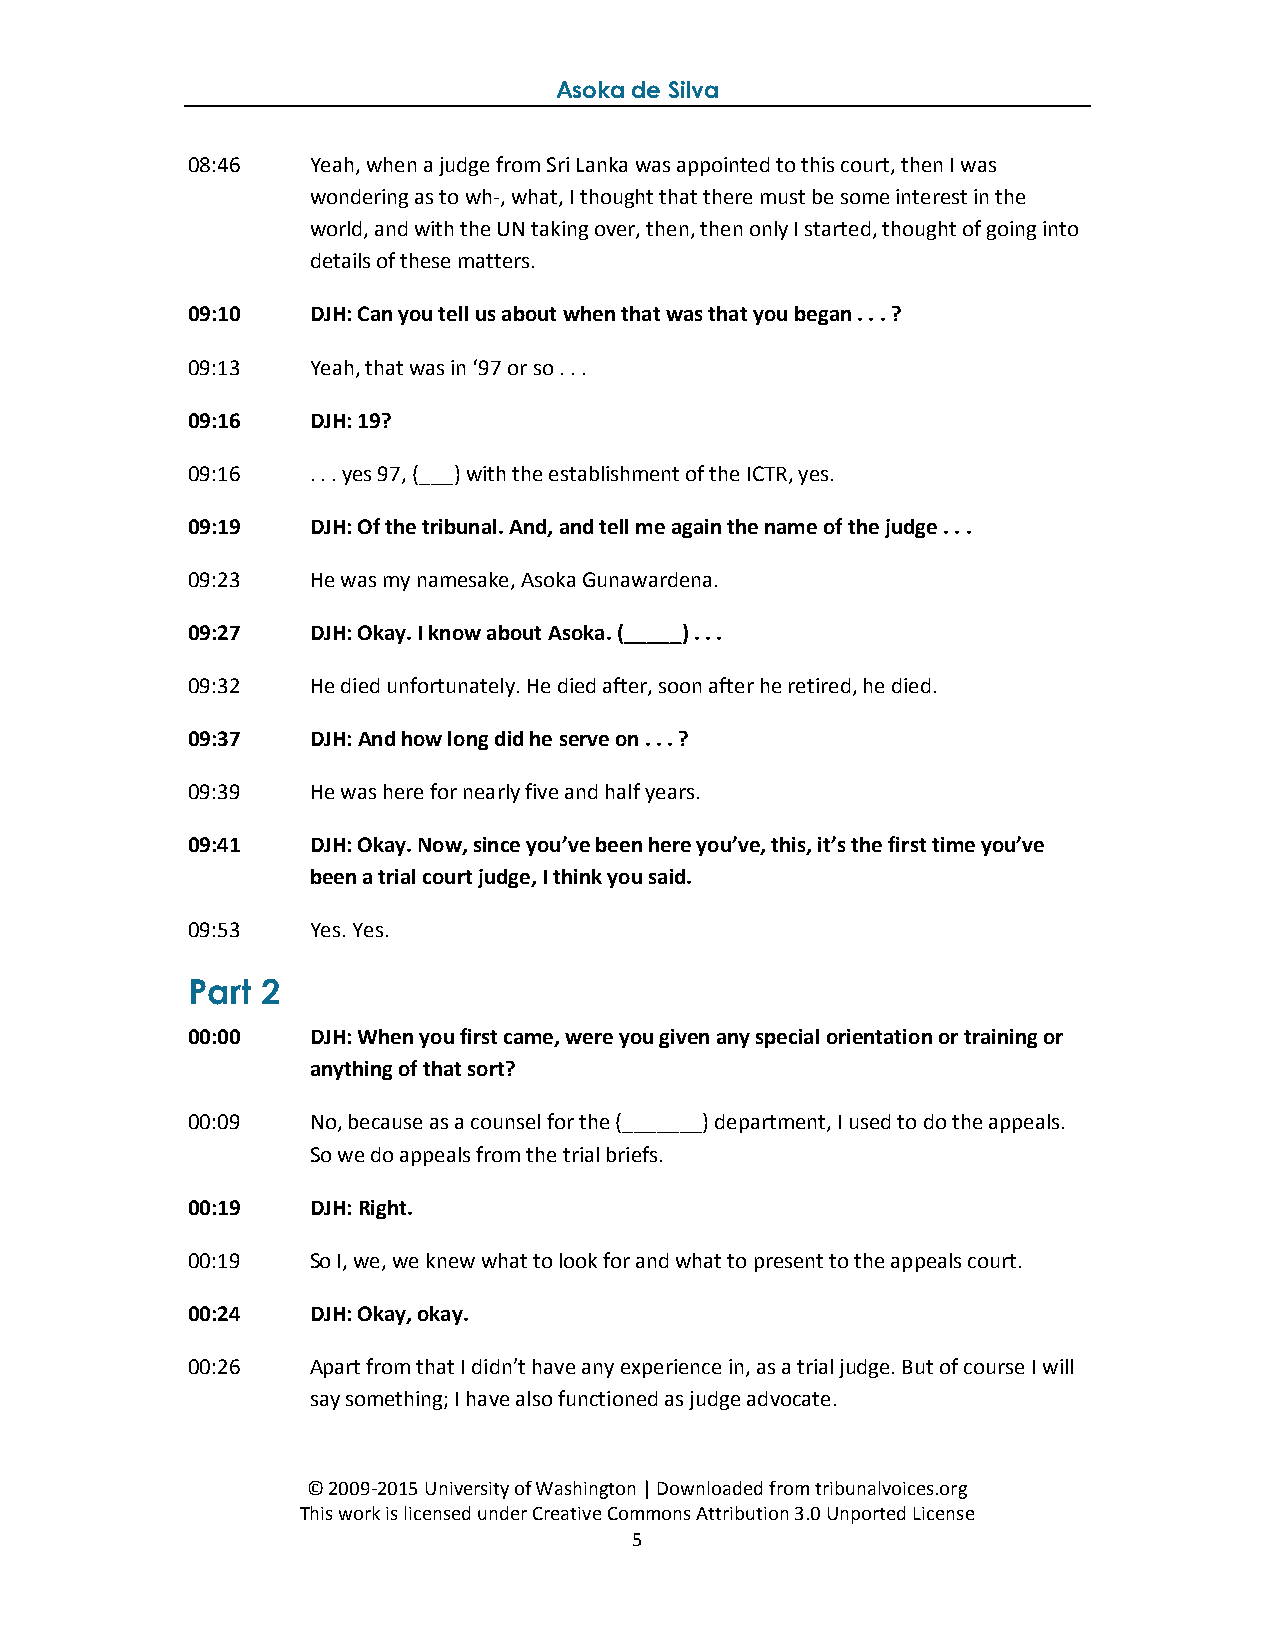
Asoka de Silva
 08:46   Yeah, when a judge from Sri Lanka was appointed to this court, then I was
 wondering as to wh-, what, I thought that there must be some interest in the
 world, and with the UN taking over, then, then only I started, thought of going into
 details of these matters.
 09:10   DJH: Can you tell us about when that was that you began . . . ?
 09:13   Yeah, that was in ‘97 or so . . .
 09:16   DJH: 19?
 09:16   . . . yes 97, (___) with the establishment of the ICTR, yes.
 09:19   DJH: Of the tribunal. And, and tell me again the name of the judge . . .
 09:23   He was my namesake, Asoka Gunawardena.
 09:27   DJH: Okay. I know about Asoka. (_____) . . .
 09:32   He died unfortunately. He died after, soon after he retired, he died.
 09:37   DJH: And how long did he serve on . . . ?
 09:39   He was here for nearly five and half years.
 09:41   DJH: Okay. Now, since you’ve been here you’ve, this, it’s the first time you’ve
 been a trial court judge, I think you said.
 09:53   Yes. Yes.
 Part 2
 00:00   DJH: When you first came, were you given any special orientation or training or
 anything of that sort?
 00:09   No, because as a counsel for the (_______) department, I used to do the appeals.
 So we do appeals from the trial briefs.
 00:19   DJH: Right.
 00:19   So I, we, we knew what to look for and what to present to the appeals court.
 00:24   DJH: Okay, okay.
 00:26   Apart from that I didn’t have any experience in, as a trial judge. But of course I will
 say something; I have also functioned as judge advocate.
 © 2009-2015 University of Washington | Downloaded from tribunalvoices.org
 This work is licensed under Creative Commons Attribution 3.0 Unported License
 5